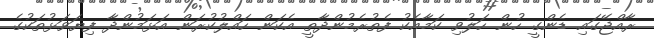
ރާއްޖޭގައި ޑެންގީ ހުން ހަލުވި ކަމާއެކު ފެތުރެމުންދާތީ އެކަން ހައްލުކުރަން އަޅަމުންދާ ފިޔަވަޅުތަކުގެ